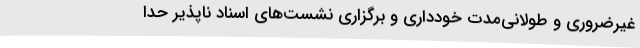
غیرضروری و طولانی‌مدت خودداری و برگزاری نشست‌های اسناد ناپذیر حدا